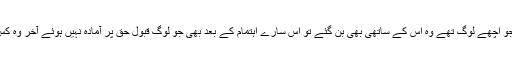
یہاں تک کہ ان کے اندر جو اچھے لوگ تھے وہ اس کے ساتھی بھی بن گئے تو اس سارے اہتمام کے بعد بھی جو لوگ قبول حق پر آمادہ نہیں ہوئے آخر وہ کس لیے باقی رکھے جاتے۔